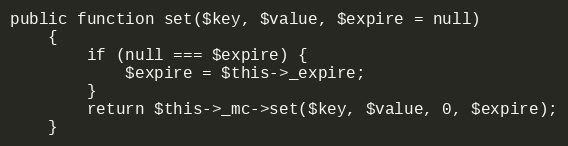
Language: PHP
public function set($key, $value, $expire = null)
    {
        if (null === $expire) {
            $expire = $this->_expire;
        }
        return $this->_mc->set($key, $value, 0, $expire);
    }